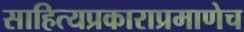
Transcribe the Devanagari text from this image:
साहित्यप्रकाराप्रमाणेच